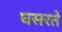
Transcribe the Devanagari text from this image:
घसरते